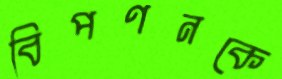
বিপণনকে